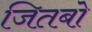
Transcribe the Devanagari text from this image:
जितबो